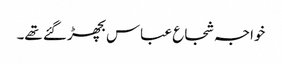
خواجہ شجاع عباس بچھڑ گئے تھے۔